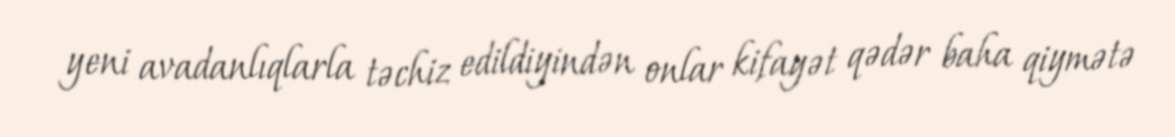
yeni avadanlıqlarla təchiz edildiyindən onlar kifayət qədər baha qiymətə